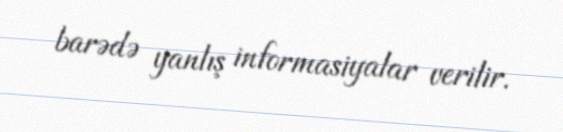
barədə yanlış informasiyalar verilir.